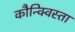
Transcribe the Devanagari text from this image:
कौन्क्विस्ता